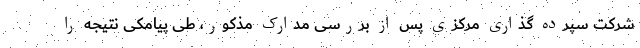
شرکت سپرده گذاری مرکزی پس از بررسی مدارک مذکور، طی پیامکی نتیجه را